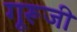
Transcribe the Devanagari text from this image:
गूरूजी